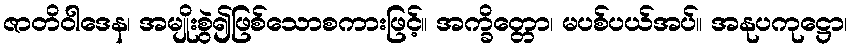
ဇာတိဝါဒေန၊ အမျိုးစွဲ၍ဖြစ်သောစကားဖြင့်။ အက္ခိတ္တော၊ မပစ်ပယ်အပ်။ အနုပကုဋ္ဌော၊